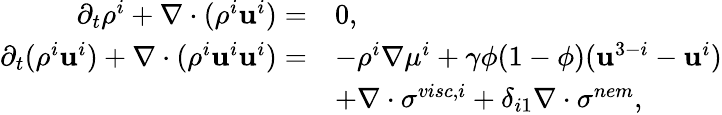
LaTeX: \begin{array}{rl}{\partial_{t}\rho^{i}+\nabla\cdot(\rho^{i}\mathbf{u}^{i})=}&{0,}\\ {\partial_{t}(\rho^{i}\mathbf{u}^{i})+\nabla\cdot(\rho^{i}\mathbf{u}^{i}\mathbf{u}^{i})=}&{-\rho^{i}\nabla\mu^{i}+\gamma\phi(1-\phi)(\mathbf{u}^{3-i}-\mathbf{u}^{i})}\\ &{+\nabla\cdot\mathbf{\sigma}^{visc,i}+\delta_{i1}\nabla\cdot\mathbf{\sigma}^{nem},}\end{array}